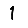
Digit: 1